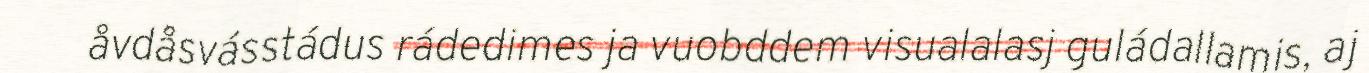
åvdåsvásstádus rádedimes ja vuobddem visualalasj guládallamis, aj